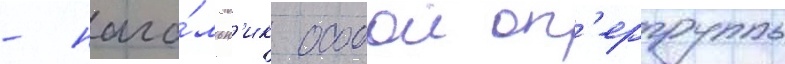
- нача́льн'ик особои оп'ергруппы